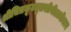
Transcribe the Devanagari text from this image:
श्रीचित्रकूटतुलसीपीठाधीश्वर